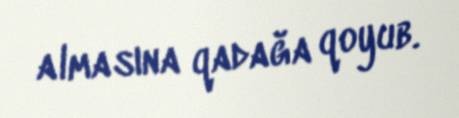
almasına qadağa qoyub.